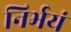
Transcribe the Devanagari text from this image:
निर्भयं